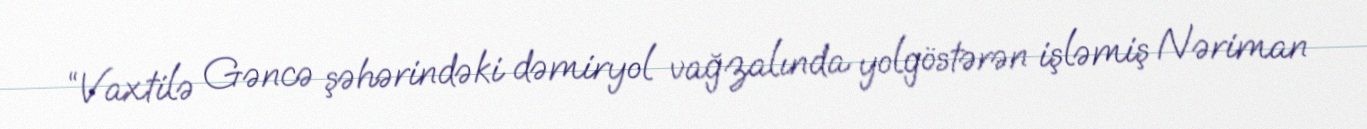
“Vaxtilə Gəncə şəhərindəki dəmiryol vağzalında yolgöstərən işləmiş Nəriman